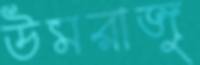
উমরাজু